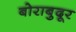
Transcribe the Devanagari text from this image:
बोराबुदूर